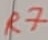
Text: R7